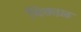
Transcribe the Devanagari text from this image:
चिकाळ